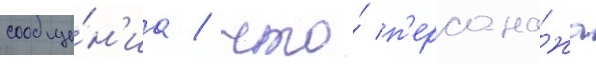
сообще́н'иа / что́ п'ерсона́жа